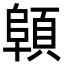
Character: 顊